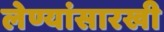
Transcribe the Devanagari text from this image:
लेण्यांसारखी